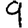
Digit: 9